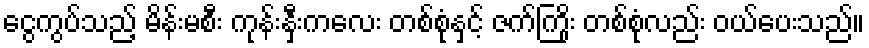
ငွေကွပ်သည့် မိန်းမစီး ကုန်းနှီးကလေး တစ်စုံနှင့် ဇက်ကြိုး တစ်စုံလည်း ဝယ်ပေးသည်။